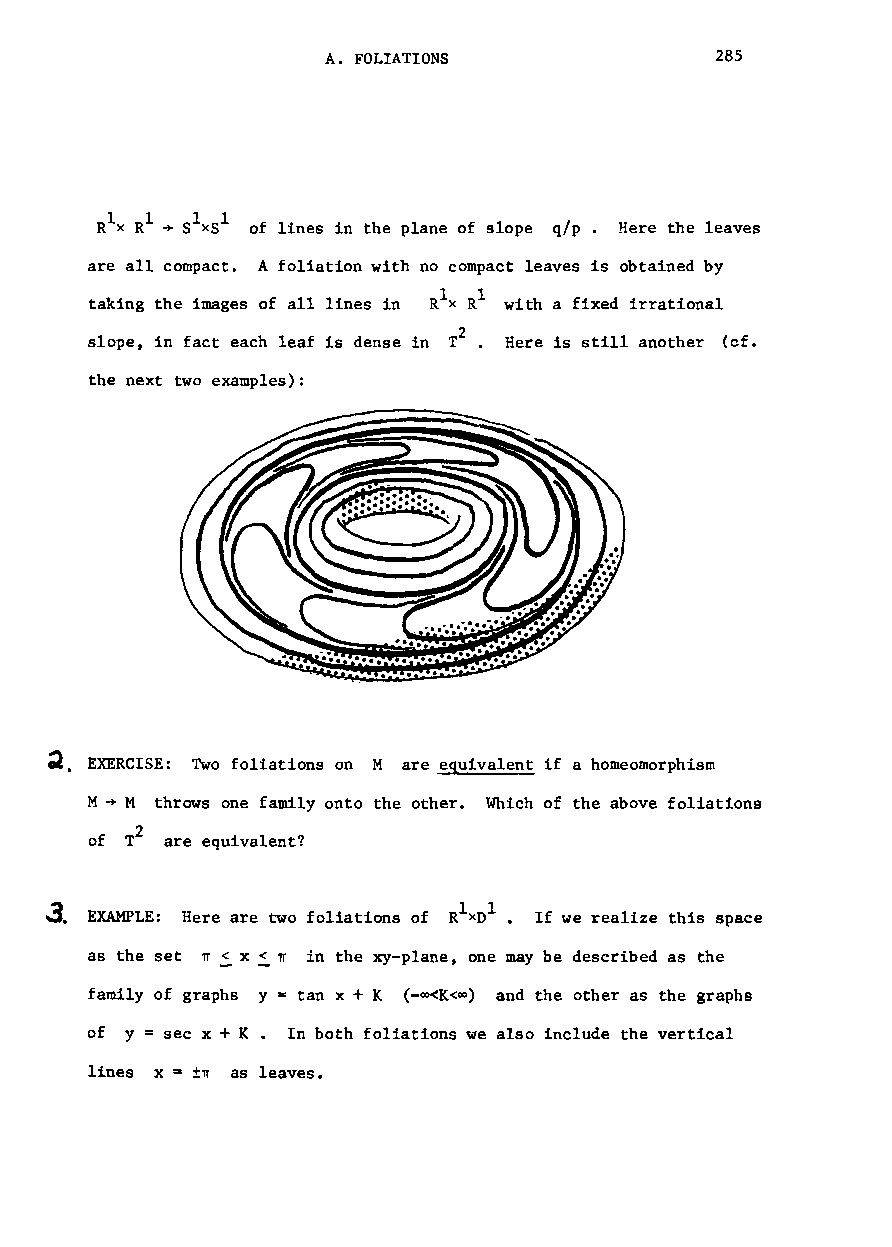
A. FOLIATIONS            285
 1 ~  l
 R1x R SlxS of lines in the plane of slope q/p. Here the leaves
 are all compact. A foliation with no compact leaves is obtained by
 1
 taking the images of all lines in R1x R with a fixed irrational
 slope, in fact each leaf is dense in
 r2
 . Here is still another (cf.
 the next two examples):
 ;a.
 EXERCISE: Two foliations on Mare equivalent if a homeomorphism
 M~ M throws one family onto the other. Which of the above foliations
 2
 of T are equivalent?
 ~.                           1
 EXAMPLE: Here are two foliations of Rlxn • If we realize this space
 as the set n < x < n in the xy-plane, one may be described as the
 family of graphs y tan x + K (-~K<~) and the other as the graphs
 of y =sec x + K. In both foliations we also include the vertical
 lines x =±n as leaves.